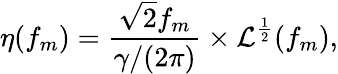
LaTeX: \eta(f_{m})=\frac{\sqrt{2}f_{m}}{\gamma/(2\pi)}\times\mathcal{L}^{\frac{1}{2}}(f_{m}),